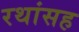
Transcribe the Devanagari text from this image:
रथांसह